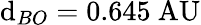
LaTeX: \mathrm{d}_{BO}=0.645{\mathrm{{~AU}}}